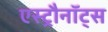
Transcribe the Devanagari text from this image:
एस्ट्रौनॉट्स